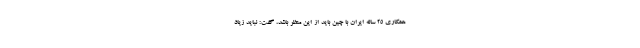
همکاری ۲۵ ساله ایران با چین باید از این منظر باشد، گفت: نباید زیاد